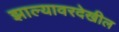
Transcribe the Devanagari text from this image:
झाल्यावरदेखील